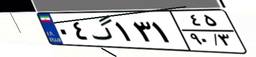
۰۴گ۱۳۱۴۵